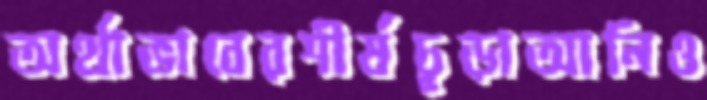
অর্থাভাবেরশীর্ষচূড়াআনিও